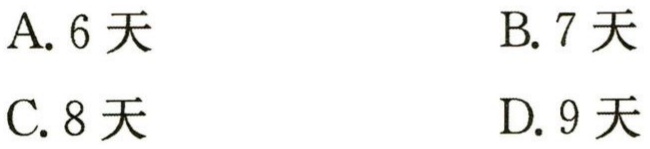
A. 6天

B. 7天

C. 8天

D. 9天